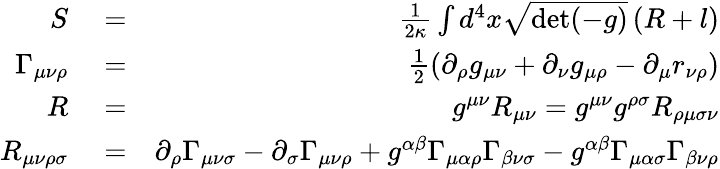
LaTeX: \begin{array}{rlr}{S}&{{}=}&{\frac{1}{2\kappa}\int d^{4}x\sqrt{\operatorname*{det}(-g)}\left(R+l\right)}\\ {\Gamma_{{\mu\nu}\rho}}&{{}=}&{\frac{1}{2}\left(\partial_{\rho}g_{\mu\nu}+\partial_{\nu}g_{\mu\rho}-\partial_{\mu}r_{\nu\rho}\right)}\\ {R}&{{}=}&{g^{\mu\nu}R_{\mu\nu}=g^{\mu\nu}g^{\rho\sigma}R_{\rho\mu\sigma\nu}}\\ {R_{\mu\nu\rho\sigma}}&{{}=}&{\partial_{\rho}\Gamma_{{\mu\nu}\sigma}-\partial_{\sigma}\Gamma_{{\mu\nu}\rho}+g^{\alpha\beta}\Gamma_{\mu\alpha\rho}\Gamma_{\beta\nu\sigma}-g^{\alpha\beta}\Gamma_{\mu\alpha\sigma}\Gamma_{\beta\nu\rho}}\end{array}